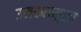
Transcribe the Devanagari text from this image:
उलट्यासुद्धा